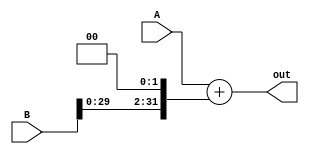
`timescale 1ns / 1ps
//////////////////////////////////////////////////////////////////////////////////
// Company: 
// Engineer: 
// 
// Design Name: 
// Module Name: Adder_with_shift_left
// Project Name: 
// Target Devices: 
// Tool Versions: 
// Description: 
// 
// Dependencies: 
// 
// Revision:
// Revision 0.01 - File Created
// Additional Comments:
// 
//////////////////////////////////////////////////////////////////////////////////


module Adder_with_left_shift(
    input wire [31:0] A,
    input wire [31:0] B,
    output wire [31:0] out
    );

   assign out = A + (B << 2);

endmodule